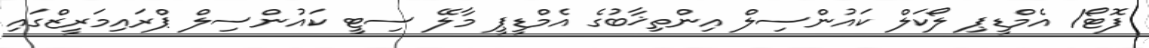
ފޮޓޯ/ އެމްޑީޕި ލޯކަލް ކައުންސިލް އިންތިޚާބުގެ އެމްޑީޕީ މާލޭ ސިޓީ ކައުންސިލް ޕްރައިމަރީޒްގައި